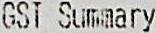
GST SUMMARY